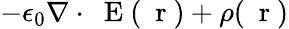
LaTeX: -\epsilon_{0}\nabla\cdot\mathrm{~\mathbf~E~}(\mathrm{~\mathbf~r~})+\rho(\mathrm{~\mathbf~r~})